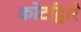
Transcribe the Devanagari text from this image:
कोर्टाद्वारे